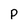
Character: P